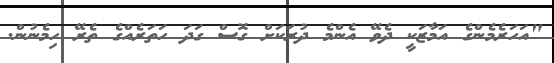
"އަހަރެމެންގެ އަމާޒަކީ ދެވޭ އެންމެ ދުރަކަށް ގޮސް ގަދަ ހަތަރެއްގެ ތެރޭ ހިމެނުން.